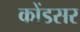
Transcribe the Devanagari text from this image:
कोंडसर